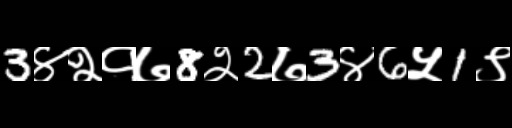
Text: 3४२१७8२2७3४6५1९